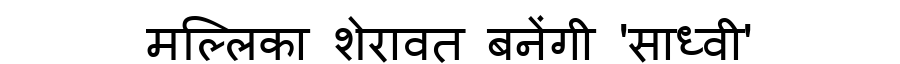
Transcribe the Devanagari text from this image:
मल्लिका शेरावत बनेंगी 'साध्वी'